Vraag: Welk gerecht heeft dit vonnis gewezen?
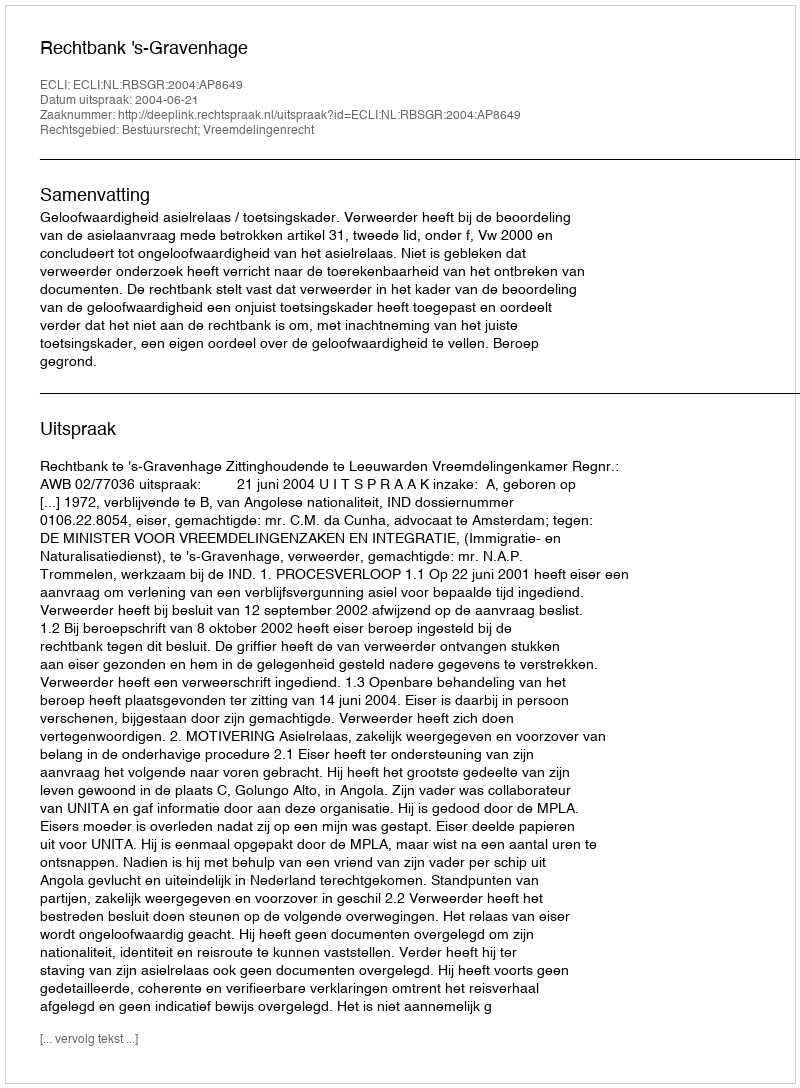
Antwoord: Rechtbank 's-Gravenhage